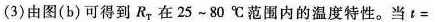
(3)由图(b)可得到R_{T}在25~80℃范围内的温度特性。当t=